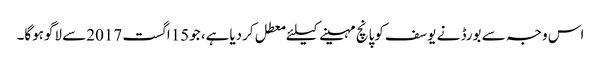
اس وجہ سے بورڈ نے یوسف کوپانچ مہینے کیلئے معطل کردیاہے، جو15اگست 2017سے لاگوہوگا۔